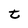
Character: t